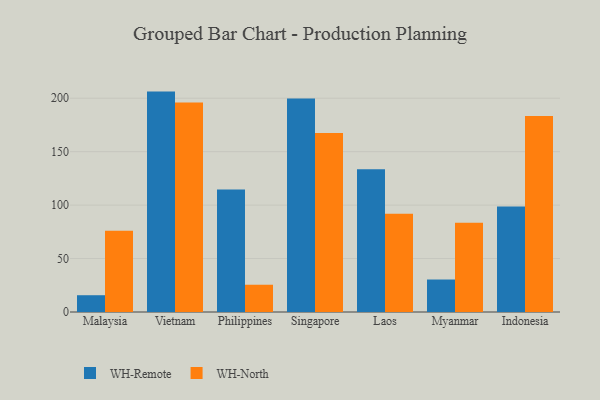
{"axis": {"x": "Country", "y": "Bounce Rate (%)"}, "legend": ["WH-North", "WH-Remote"], "data": [{"x": "Malaysia", "y": 15.7, "type": "WH-Remote"}, {"x": "Malaysia", "y": 76.0, "type": "WH-North"}, {"x": "Vietnam", "y": 206.2, "type": "WH-Remote"}, {"x": "Vietnam", "y": 195.9, "type": "WH-North"}, {"x": "Philippines", "y": 114.6, "type": "WH-Remote"}, {"x": "Philippines", "y": 25.5, "type": "WH-North"}, {"x": "Singapore", "y": 199.7, "type": "WH-Remote"}, {"x": "Singapore", "y": 167.4, "type": "WH-North"}, {"x": "Laos", "y": 133.6, "type": "WH-Remote"}, {"x": "Laos", "y": 91.9, "type": "WH-North"}, {"x": "Myanmar", "y": 30.4, "type": "WH-Remote"}, {"x": "Myanmar", "y": 83.4, "type": "WH-North"}, {"x": "Indonesia", "y": 98.6, "type": "WH-Remote"}, {"x": "Indonesia", "y": 183.3, "type": "WH-North"}]}